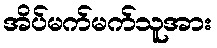
အိပ်မက်မက်သူအား